Leaving Certificate Examination (including Day School Certificate (Higher) General paper), 1932
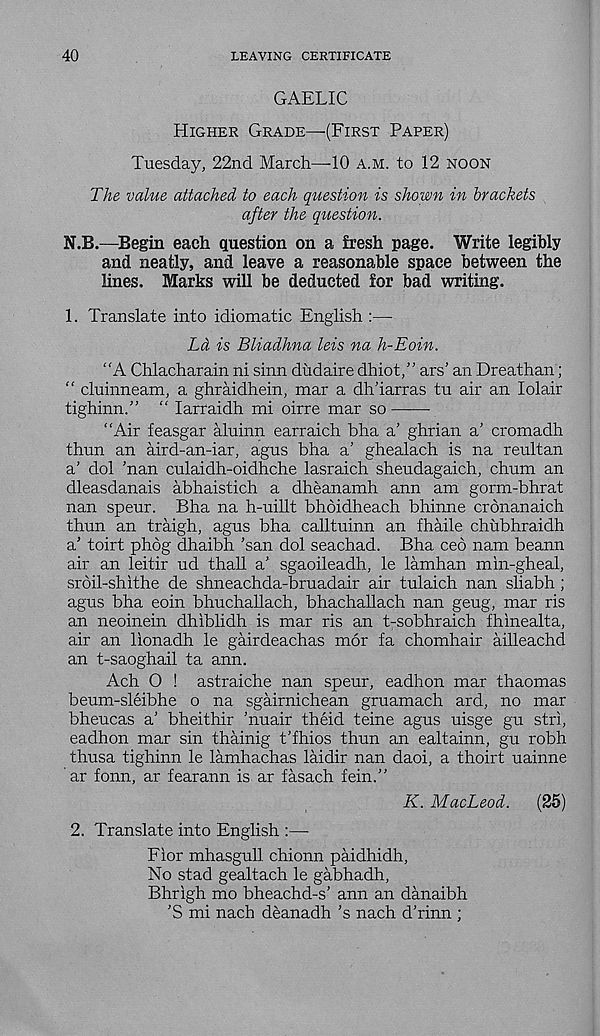
40
LEAVING CERTIFICATE
GAELIC
Higher Grade—(First Paper)
Tuesday, 22nd March—-10 a.m. to 12 noon
The value attached to each question is shown in brackets
after the question.
N.B.—Begin each question on a fresh page. Write legibly
and neatly, and leave a reasonable space between the
lines. Marks will be deducted for bad writing.
1. Translate into idiomatic English :—
La is Bliadhna leis na h-Eoin.
“A Chlacharain ni sinn dudaire dhiot,” ars’ an Dreathan;
“ cluinneam, a ghraidhein, mar a dh’iarras tu air an lolair
tighinn.” “ larraidh mi oirre mar so
“Air feasgar aluinn earraich bha a’ ghrian a’ cromadh
thun an aird-an-iar, agus bha a’ ghealach is na reultan
a’ dol ’nan culaidh-oidhche lasraich sheudagaich, chum an
dleasdanais abhaistich a dheanamh ann am gorm-bhrat
nan speur. Bha na h-uillt bhoidheach bhinne cronanaich
thun an traigh, agus bha calltuinn an fhaile chubhraidh
a’ toirt phdg dhaibh ’san dol seachad. Bha ceo nam beann
air an leitir ud thall a’ sgaoileadh, le lamhan min-gheal,
sroil-shithe de shneachda-bruadair air tulaich nan sliabh ;
agus bha coin bhuchallach, bhachallach nan geug, mar ris
an neoinein dhiblidh is mar ris an t-sobhraich fhinealta,
air an lionadh le gairdeachas mor fa chomhair ailleachd
an t-saoghail ta ann.
Ach O ! astraiche nan speur, eadhon mar thaomas
beum-sleibhe o na sgairnichean gruamach ard, no mar
bheucas a’ bheithir ’nuair theid teine agus uisge gu stri,
eadhon mar sin thainig t’fhios thun an ealtainn, gu robh
thusa tighinn le lamhachas laidir nan daoi, a thoirt uainne
ar fonn, ar fearann is ar fasach fein.”
K. MacLeod.
(25)
2. Translate into English :—
Fior mhasgull chionn paidhidh,
No stad gealtach le gabhadh,
Bhrigh mo bheachd-s’ ann an danaibh
’S mi nach deanadh’s nach d’rinn ;